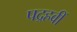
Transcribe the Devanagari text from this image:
पद्रहवीं